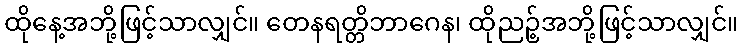
ထိုနေ့အဘို့ဖြင့်သာလျှင်။ တေနရတ္တိဘာဂေန၊ ထိုညဉ့်အဘို့ဖြင့်သာလျှင်။